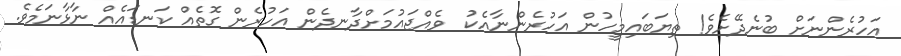
އަހުރެންނަށް ބުނެދޭށެވެ! ތިޔަބައިމީހުން އަހުރެންނާއެކު  ވެއްޖައުމަށްދާނދެން އަހުރެން ގޮތެއް ކަނޑައެއް ނާޅާނަމެވެ.